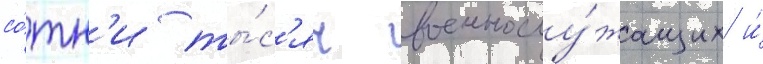
со́тн'и ты́с'яч военнослу́жащих и́